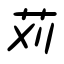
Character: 苅